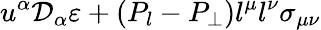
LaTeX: u^{\alpha}\mathcal{D}_{\alpha}\varepsilon+(P_{l}-P_{\perp})l^{\mu}l^{\nu}\sigma_{\mu\nu}